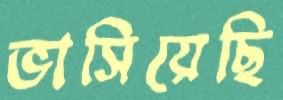
ভাসিয়েছি